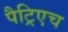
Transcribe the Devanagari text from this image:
पैट्रिएच